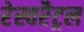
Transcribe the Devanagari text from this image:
रेस्वरैट्रल